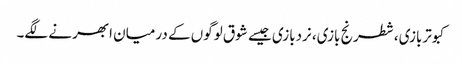
کبوتربازی، شطرنج بازی، نردبازی جیسے شوق لوگوں کے درمیان ابھرنے لگے۔